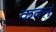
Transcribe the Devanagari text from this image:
कवनं